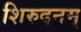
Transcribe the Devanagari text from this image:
शिरुदनम्